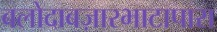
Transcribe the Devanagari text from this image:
बलोदाबज़ारभाटापारा